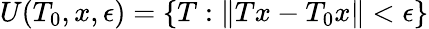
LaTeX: U(T_{0},x,\epsilon)=\{ T:\| Tx-T_{0}x\| <\epsilon\}